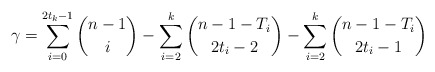
\begin{align*}\gamma = \sum_{i=0}^{2t_k-1} \binom{n-1}{i} - \sum_{i=2}^{k} \binom{n-1-T_i}{2t_i-2} - \sum_{i=2}^{k} \binom{n-1-T_i}{2t_i-1}\end{align*}